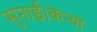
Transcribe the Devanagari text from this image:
सुनाई।कन्या